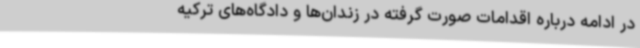
در ادامه درباره اقدامات صورت گرفته در زندان‌ها و دادگاه‌های ترکیه